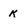
Character: k